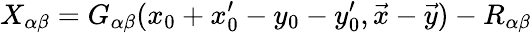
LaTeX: X_{\alpha\beta}=G_{\alpha\beta}(x_{0}+x_{0}^{\prime}-y_{0}-y_{0}^{\prime},\vec{x}-\vec{y})-R_{\alpha\beta}